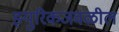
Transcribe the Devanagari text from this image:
झ्युरिकजवळील